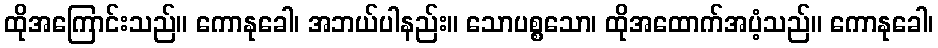
ထိုအကြောင်းသည်။ ကောနုခေါ၊ အဘယ်ပါနည်း။ သောပစ္စသော၊ ထိုအထောက်အပံ့သည်။ ကောနုခေါ၊